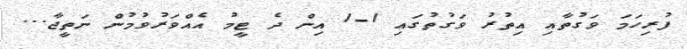
ފުރިހަމަ ވަގުތާއި އިތުރު ވަގުތުގައި 1-1 އިން ދެ ޓީމު އެއްވަރުވުމުން ނަތީޖާ...